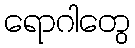
ရောဂါတွေ